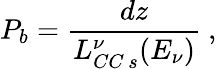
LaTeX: P_{b}=\frac{dz}{L_{CC\, s}^{\nu}(E_{\nu})}\ ,